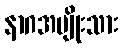
နာဂအမျိုးသား